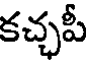
కచ్ఛపీ